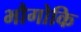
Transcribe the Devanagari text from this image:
भौगोकि